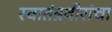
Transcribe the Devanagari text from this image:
स्वातंत्रवीरांचा